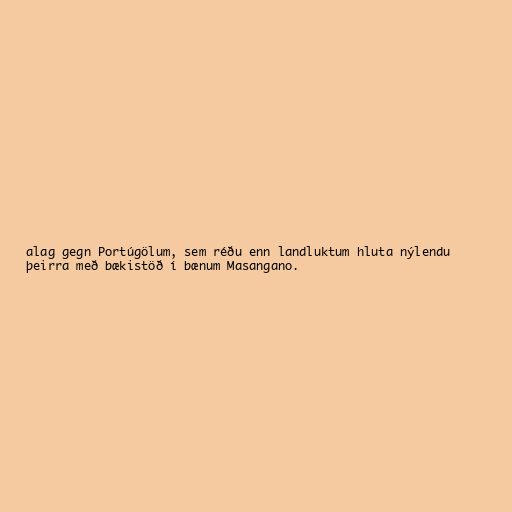
alag gegn Portúgölum, sem réðu enn landluktum hluta nýlendu
þeirra með bækistöð í bænum Masangano.